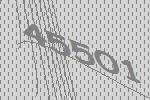
45501